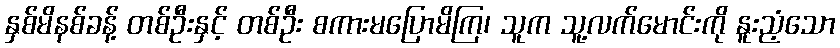
နှစ်မိနစ်ခန့် တစ်ဦးနှင့် တစ်ဦး စကားမပြောမိကြ၊ သူက သူ့လက်မောင်းကို နူးညံ့သော